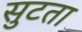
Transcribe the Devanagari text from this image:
सुटता